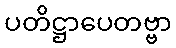
ပတိဋ္ဌာပေတဗ္ဗာ